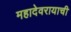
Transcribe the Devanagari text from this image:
महादेवरायाची